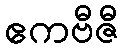
ဧကဗီဇီ